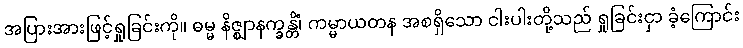
အပြားအားဖြင့်ရှုခြင်းကို။ ဓမ္မ နိဇ္ဈာနက္ခန္တိံ၊ ကမ္မာယတန အစရှိသော ငါးပါးတို့သည် ရှုခြင်းငှာ ခံ့ကြောင်း